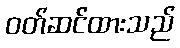
ဝတ်ဆင်ထားသည်